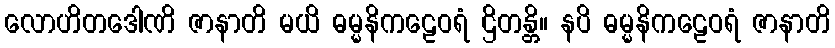
လောဟိတဒေါဏိ ဇာနာတိ မယိ ဓမ္မနိကဠေဝရံ ဌိတန္တိ။ နပိ ဓမ္မနိကဠေဝရံ ဇာနာတိ